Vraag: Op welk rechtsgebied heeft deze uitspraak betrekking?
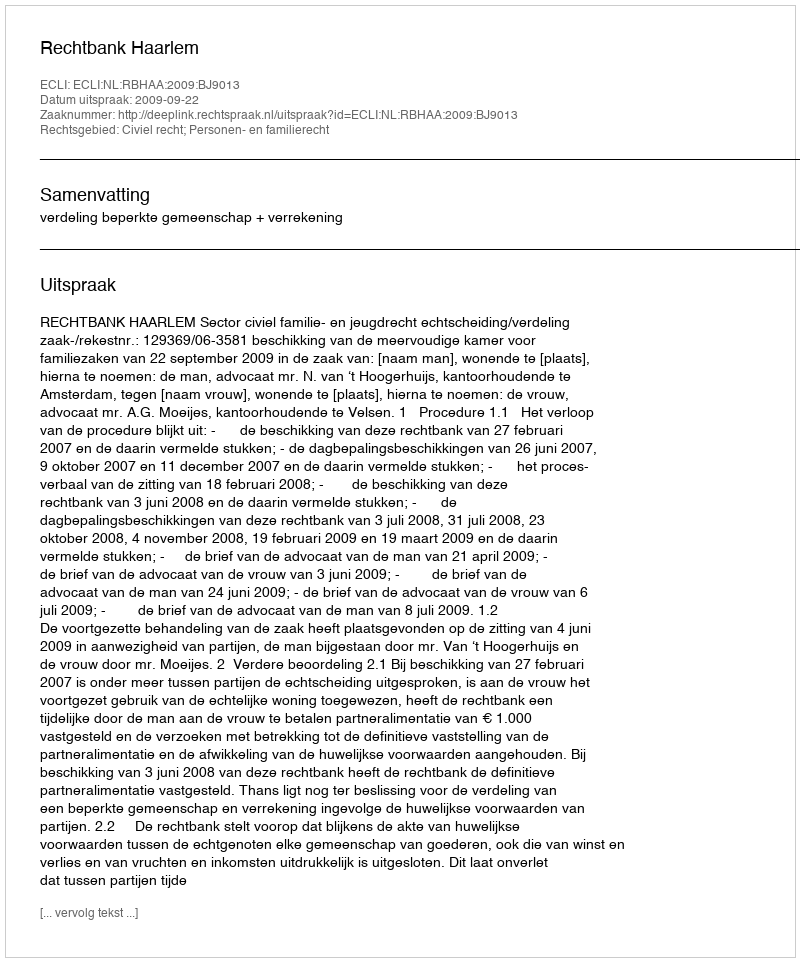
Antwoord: Civiel recht; Personen- en familierecht